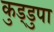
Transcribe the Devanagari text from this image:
कुड्डुपा